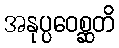
အနုပ္ပဝေစ္ဆတိ